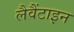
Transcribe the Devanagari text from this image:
लैवैंटाइन